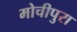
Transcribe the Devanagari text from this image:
मोचीपुरा